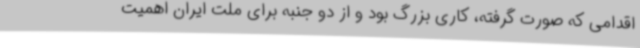
اقدامی که صورت گرفته، کاری بزرگ بود و از دو جنبه برای ملت ایران اهمیت